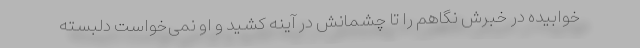
خوابیده در خبرش نگاهم را تا چشمانش در آینه کشید و او نمی‌خواست دلبسته